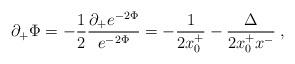
LaTeX: \begin{align*}\partial_+\Phi=-{1\over2}\frac{\partial_+e^{-2\Phi}}{e^{-2\Phi}}=-{1\over{2 x^+_0}}-\frac{\Delta}{2x^+_0x^-}\;,\end{align*}